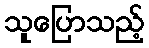
သူပြောသည့်